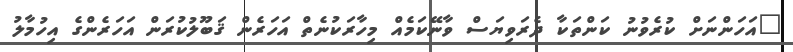
"އަހަންނަށް ކުރެވުނު ކަންތަކާ ދެރަވިޔަސް ވާނޭކަމެއް މިހާރަކުނެތް އަހަރެން ޤަބޫލުކުރަން އަހަރެންގެ އިހުމާލު